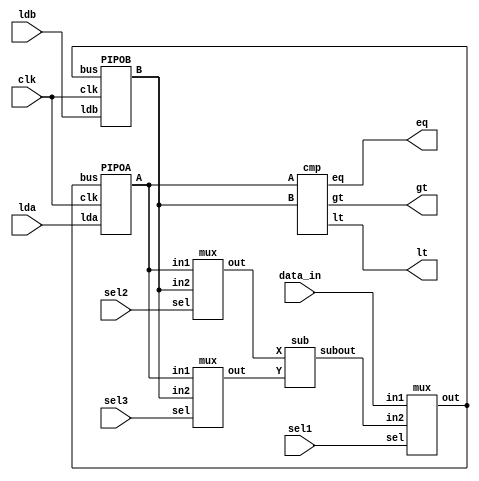
// Code your design here
module gcd(lt,gt,eq,lda,ldb,sel1,sel2,sel3,data_in,clk);
input [15:0] data_in;
input lda,ldb,sel1,sel2,sel3,clk;
output lt,gt,eq;
wire [15:0] A,B,X,Y,subout,bus;  
PIPOA PA(A,bus,lda,clk); 
PIPOB PB(B,bus,ldb,clk);
cmp c(lt,gt,eq,A,B);
sub s(subout,X,Y); 
mux m1(bus,data_in,subout,sel1);
mux m2(X,A,B,sel2); 
  mux m3(Y,A,B,sel3);  
endmodule  
module PIPOA(A,bus,lda,clk);
  input [15:0] bus;
  input lda,clk;
  output reg [15:0] A;
  always@(posedge clk)
    if (lda)
      A <= bus;
endmodule
module PIPOB(B,bus,ldb,clk);
  input [15:0] bus;
  input ldb,clk;
  output reg [15:0] B;
  always@(posedge clk)
    if (ldb)
      B <= bus;
endmodule
module cmp(lt,gt,eq,A,B);
  input [15:0] A,B;
  output lt,gt,eq;
  assign lt = (A<B);
  assign gt = (A>B);
  assign eq = (A==B);
endmodule
module sub(subout,X,Y);
  input [15:0] X,Y;
  output reg [15:0] subout;
  always@(*)
    subout = X-Y;
endmodule
module mux(out,in1,in2,sel);
  input [15:0] in1,in2;
  input sel;
  output [15:0] out;
  assign out = sel  ? in1  : in2;
endmodule
module controller(done,clk,lt,gt,eq,sel1,sel2,sel3,lda,ldb,start);
  input clk,lt,gt,eq,start;
  output reg sel1,sel2,sel3,lda,ldb,done;
  reg [2:0] state;
  parameter s0=3'b000,s1=3'b001,s2=3'b010,s3=3'b011,s4=3'b100,s5=3'b101;
  always@(posedge clk)
    case(state)
      s0: if(start) state <= s1;
      s1: state <= s2;
      s2: begin 
          #1 if (lt)
          state <= s3;
        else if(gt)
          state <= s4;
        else if(eq)
          state <=s5;
         end
     s3:begin
        #1 if(gt)
         state <= s4;
        else if(lt)
         state <= s3;
        else if(eq)
          state <= s5;
        end
      s4:begin
        #1 if(gt)
        state <= s4;
        else if(lt)
        state <= s3;
        else if(eq)
        state <= s5;
        end
      s5:state <= s5;
      default:state <= s0;
   endcase
 always@(state)
    case(state)
      s0:
        begin
          done=0;
          lda=1;
          ldb=0;
          sel1=1;
        end
      s1:
        begin
        sel1=1;
        lda=0;
        ldb=1;  
        end
      s2:
        begin
          if(eq)
            done=1;
          else if(lt)
            begin
        	sel1=0;
       	 	sel2=0;
        	sel3=1;
        	ldb=1;
        	lda=0;  
        	end
          else if(gt)
             begin
       		 sel1=0;
       	 	sel2=1;
        	sel3=0;
        	lda=1;
        	ldb=0;  
        	end
        end  
         s3:
        begin
          if(eq)
            done=1;
          else if(lt)
            begin
        	sel1=0;
       	 	sel2=0;
        	sel3=1;
        	ldb=1;
        	lda=0;  
        	end
          else if(gt)
             begin
       		 sel1=0;
       	 	sel2=1;
        	sel3=0;
        	lda=1;
        	ldb=0;  
        	end
        end  
      s4:
        begin
          if(eq)
            done=1;
          else if(lt)
            begin
        	sel1=0;
       	 	sel2=0;
        	sel3=1;
        	ldb=1;
        	lda=0;  
        	end
          else if(gt)
             begin
       		 sel1=0;
       	 	sel2=1;
        	sel3=0;
        	lda=1;
        	ldb=0;  
        	end
        end  
      s5:begin
        done=1;
        lda=0;
        ldb=0;
      end
      default:
          begin
          done=0;
          lda=0;
          ldb=0;
        end
    endcase
endmodule